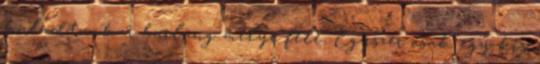
haladtunk a barlang mélye felé. Egyszer csak egy kis